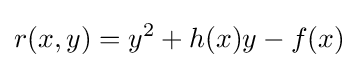
r(x,y)=y^{2}+h(x)y-f(x)